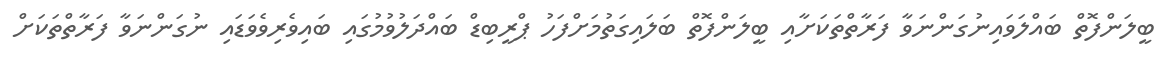
ބީލަންފޮތް ބައްލަވައިނުގަންނަވާ ފަރާތްތަކަށާއި ބީލަންފޮތް ބަލައިގަތުމަށްފަހު ޕްރީބިޑް ބައްދަލުވުމުގައި ބައިވެރިވެވަޑައި ނުގަންނަވާ ފަރާތްތަކަށް